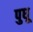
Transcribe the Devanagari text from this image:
पुधू